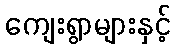
ကျေးရွာများနှင့်